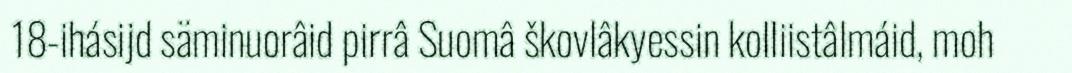
18-ihásijd säminuorâid pirrâ Suomâ škovlâkyessin kolliistâlmáid, moh